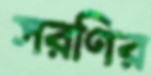
সরণির